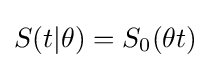
S(t|\theta )=S_{0}(\theta t)